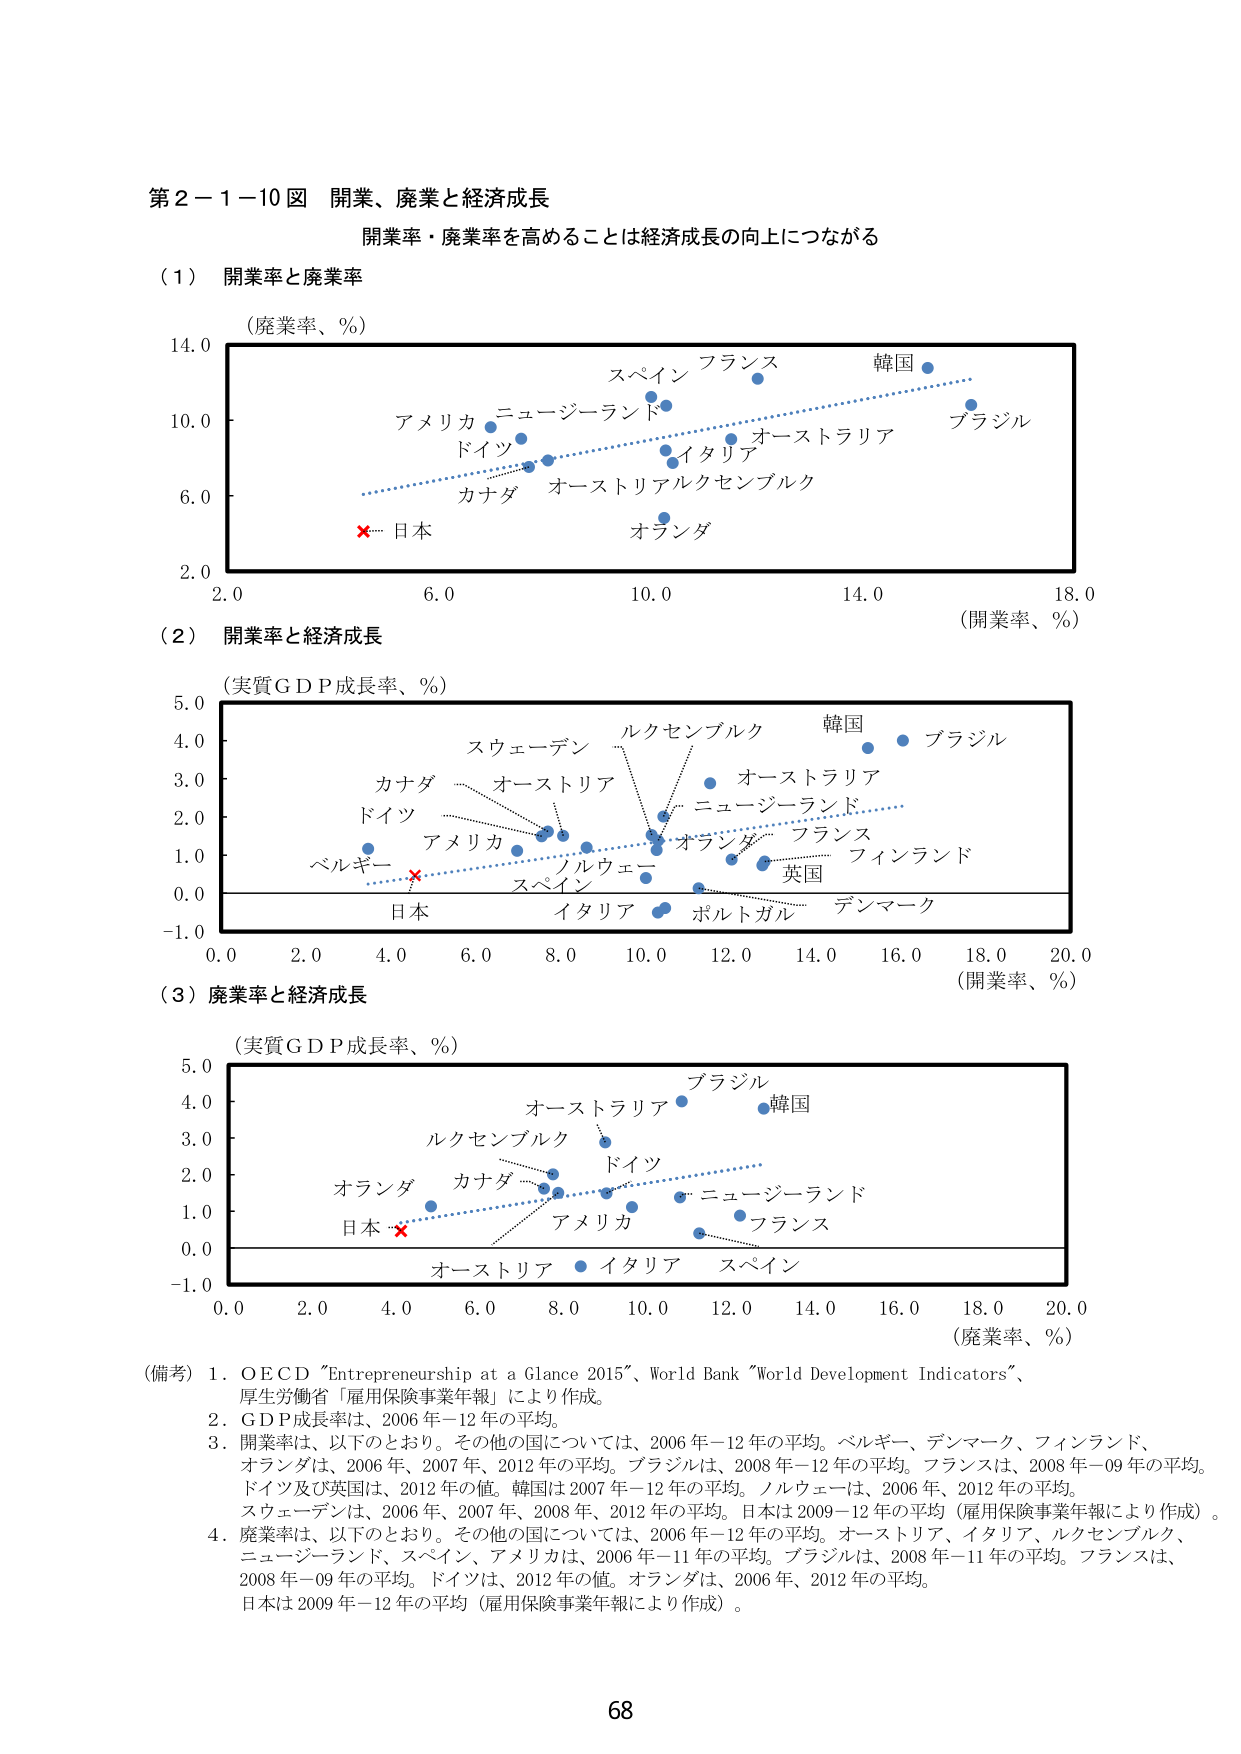
第２－１－１０図 開業、廃業と経済成長
開業率・廃業率を高めることは経済成長の向上につながる

（１）開業率と廃業率
（廃業率、％）
14.0
10.0
6.0
2.0
2.0 6.0 10.0 14.0 18.0
（開業率、％）
アメリカ ニュージーランド
ドイツ
カナダ
オーストリアルクセンブルク
スパイン フランス
韓国
ブラジル
イタリア
オランダ
× 日本

（２）開業率と経済成長
（実質ＧＤＰ成長率、％）
5.0
4.0
3.0
2.0
1.0
0.0
-1.0
0.0 2.0 4.0 6.0 8.0 10.0 12.0 14.0 16.0 18.0 20.0
（開業率、％）
スウェーデン
ルクセンブルク
韓国
ブラジル
カナダ
オーストリア
ニュージーランド
ドイツ
アメリカ
ノルウェー
オランダ
フランス
フィンランド
ベルギー
スパイン
イタリア
ポルトガル
デンマーク
英国
× 日本

（３）廃業率と経済成長
（実質ＧＤＰ成長率、％）
5.0
4.0
3.0
2.0
1.0
0.0
-1.0
0.0 2.0 4.0 6.0 8.0 10.0 12.0 14.0 16.0 18.0 20.0
（廃業率、％）
ブラジル
韓国
オーストリア
ルクセンブルク
ドイツ
ニュージーランド
オランダ
カナダ
アメリカ
フランス
日本 ×
オーストリア イタリア スパイン

（備考）
１．ＯＥＣＤ “Entrepreneurship at a Glance 2015”、World Bank “World Development Indicators”、
厚生労働省「雇用保険事業年報」により作成。
２．ＧＤＰ成長率は、2006年－12年の平均。
３．開業率は、以下のとおり。その他の国については、2006年－12年の平均。ベルギー、デンマーク、フィンランド、
オランダは、2006年、2007年、2012年の平均。ブラジルは、2008年－12年の平均。フランスは、2008年－09年の平均。
ドイツ及び英国は、2012年の値。韓国は2007年－12年の平均。ノルウェーは、2006年、2012年の平均。
スウェーデンは、2006年、2007年、2008年、2012年の平均。日本は2009－12年の平均（雇用保険事業年報により作成）。
４．廃業率は、以下のとおり。その他の国については、2006年－12年の平均。オーストリア、イタリア、ルクセンブルク、
ニュージーランド、スパイン、アメリカは、2006年－11年の平均。ブラジルは、2008年－11年の平均。フランスは、
2008年－09年の平均。ドイツは、2012年の値。オランダは、2006年、2012年の平均。
日本は2009年－12年の平均（雇用保険事業年報により作成）。

68